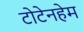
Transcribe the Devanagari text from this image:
टोटेनहेम